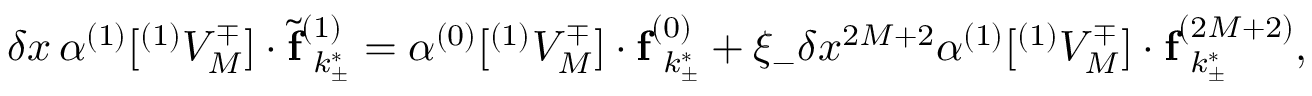
\delta x \, \boldsymbol { \alpha } ^ { ( 1 ) } [ ^ { ( 1 ) } V _ { M } ^ { \mp } ] \cdot \tilde { \mathbf { f } } _ { \hphantom { ( } k _ { \pm } ^ { * } } ^ { ( 1 ) } = \boldsymbol { \alpha } ^ { ( 0 ) } [ ^ { ( 1 ) } V _ { M } ^ { \mp } ] \cdot \mathbf { f } _ { \hphantom { ( } k _ { \pm } ^ { * } } ^ { ( 0 ) } + \xi _ { - } \delta x ^ { 2 M + 2 } \boldsymbol { \alpha } ^ { ( 1 ) } [ ^ { ( 1 ) } V _ { M } ^ { \mp } ] \cdot \mathbf { f } _ { \hphantom { ( } k _ { \pm } ^ { * } } ^ { ( 2 M + 2 ) } ,